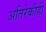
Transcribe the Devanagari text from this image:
अतिरेकीही